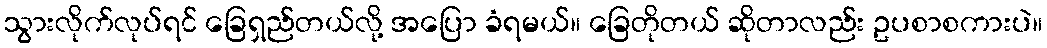
သွားလိုက်လုပ်ရင် ခြေရှည်တယ်လို့ အပြော ခံရမယ်။ ခြေတိုတယ် ဆိုတာလည်း ဥပစာစကားပဲ။